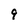
Character: 9